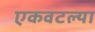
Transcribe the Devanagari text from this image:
एकवटल्या